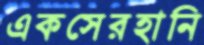
একসেরহানি